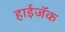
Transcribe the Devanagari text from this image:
हाईजॅक